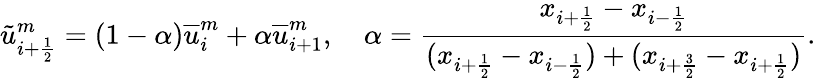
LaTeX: \tilde{u}_{i+\frac{1}{2}}^{m}=(1-\alpha)\overline{{u}}_{i}^{m}+\alpha\overline{{u}}_{i+1}^{m},\quad\alpha=\frac{x_{i+\frac{1}{2}}-x_{i-\frac{1}{2}}}{(x_{i+\frac{1}{2}}-x_{i-\frac{1}{2}})+(x_{i+\frac{3}{2}}-x_{i+\frac{1}{2}})}.